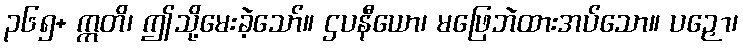
၃၆၅+ ဣတိ၊ ဤသို့မေးခဲ့သော်။ ဌပနီယော၊ မဖြေဘဲထားအပ်သော။ ပဉှော၊